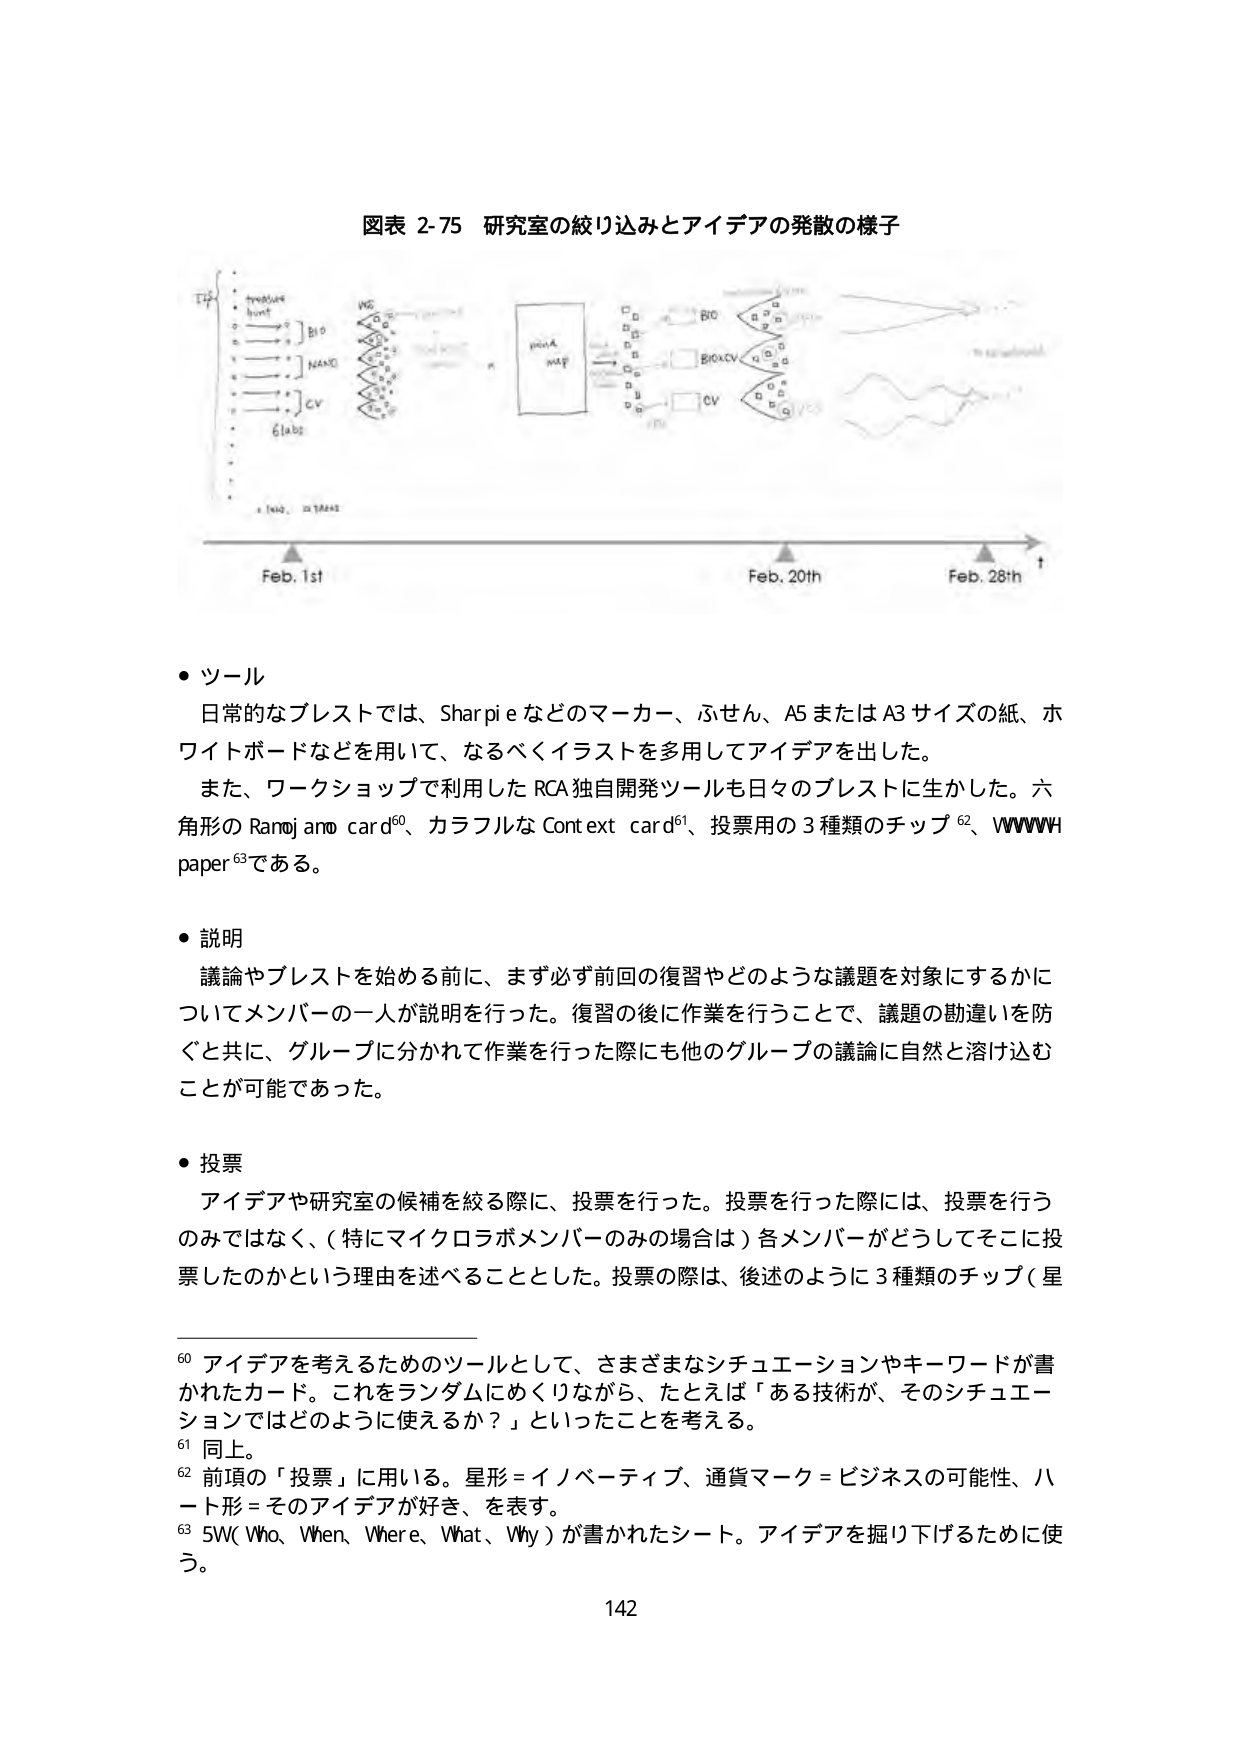
図表 2-75 研究室の絞り込みとアイデアの発散の様子

Feb. 1st
Feb. 20th
Feb. 28th
t

・ツール
日常的なブレストでは、Sharpie などのマーカー、ふせん、A5 または A3 サイズの紙、ホワイトボードなどを用いて、なるべくイラストを多用してアイデアを出した。
また、ワークショップで利用した RCA 独自開発ツールも日々のブレストに生かした。六角形の Ramo jam card⁶⁰、カラフルな Context card⁶¹、投票用の 3 種類のチップ⁶²、WWWWH paper⁶³である。

・説明
議論やブレストを始める前に、まず必ず前回の復習やどのような議題を対象にするかについてメンバーの一人が説明を行った。復習の後に作業を行うことで、議題の勘違いを防ぐと共に、グループに分かれて作業を行った際にも他のグループの議論に自然と溶け込むことが可能であった。

・投票
アイデアや研究室の候補を絞る際に、投票を行った。投票を行った際には、投票を行うのみではなく、（特にマイクロラボメンバーのみの場合は）各メンバーがどうしてそこに投票したのかという理由を述べることとした。投票の際は、後述のように 3 種類のチップ（星

⁶⁰ アイデアを考えるためのツールとして、さまざまなシチュエーションやキーワードが書かれたカード。これをランダムにめくりながら、たとえば「ある技術が、そのシチュエーションではどのように使えるか？」といったことを考える。
⁶¹ 同上。
⁶² 前項の「投票」に用いる。星形＝イノベーティブ、通貨マーク＝ビジネスの可能性、ハート形＝そのアイデアが好き、を表す。
⁶³ 5W（Who、When、Where、What、Why）が書かれたシート。アイデアを掘り下げるために使う。

142